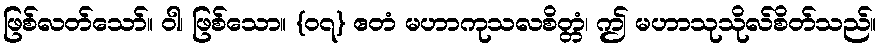
ဖြစ်လတ်သော်။ ဝါ၊ ဖြစ်သော။ {၀၇} ဧတံ မဟာကုသလစိတ္တံ၊ ဤ မဟာသုသိုလ်စိတ်သည်။